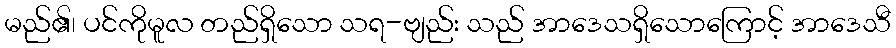
မည်၏၊ ပင်ကိုမူလ တည်ရှိသော သရ-ဗျည်း သည် အာဒေသရှိသောကြောင့် အာဒေသီ